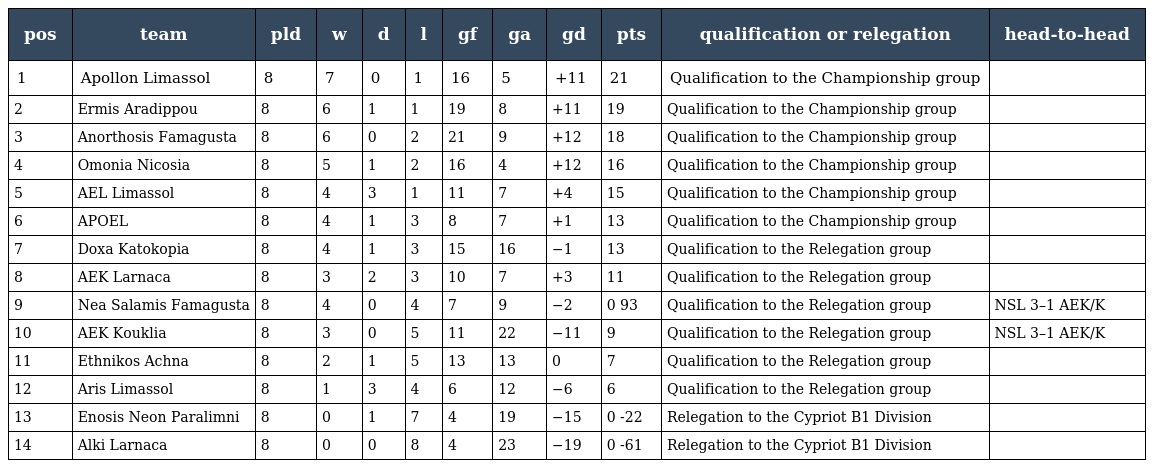
| pos | team | pld | w | d | l | gf | ga | gd | pts | qualification or relegation | head-to-head |
 | --- | --- | --- | --- | --- | --- | --- | --- | --- | --- | --- | --- |
 | 1 | Apollon Limassol | 8 | 7 | 0 | 1 | 16 | 5 | +11 | 21 | Qualification to the Championship group |  |
 | 2 | Ermis Aradippou | 8 | 6 | 1 | 1 | 19 | 8 | +11 | 19 | Qualification to the Championship group |  |
 | 3 | Anorthosis Famagusta | 8 | 6 | 0 | 2 | 21 | 9 | +12 | 18 | Qualification to the Championship group |  |
 | 4 | Omonia Nicosia | 8 | 5 | 1 | 2 | 16 | 4 | +12 | 16 | Qualification to the Championship group |  |
 | 5 | AEL Limassol | 8 | 4 | 3 | 1 | 11 | 7 | +4 | 15 | Qualification to the Championship group |  |
 | 6 | APOEL | 8 | 4 | 1 | 3 | 8 | 7 | +1 | 13 | Qualification to the Championship group |  |
 | 7 | Doxa Katokopia | 8 | 4 | 1 | 3 | 15 | 16 | −1 | 13 | Qualification to the Relegation group |  |
 | 8 | AEK Larnaca | 8 | 3 | 2 | 3 | 10 | 7 | +3 | 11 | Qualification to the Relegation group |  |
 | 9 | Nea Salamis Famagusta | 8 | 4 | 0 | 4 | 7 | 9 | −2 | 0 93 | Qualification to the Relegation group | NSL 3–1 AEK/K |
 | 10 | AEK Kouklia | 8 | 3 | 0 | 5 | 11 | 22 | −11 | 9 | Qualification to the Relegation group | NSL 3–1 AEK/K |
 | 11 | Ethnikos Achna | 8 | 2 | 1 | 5 | 13 | 13 | 0 | 7 | Qualification to the Relegation group |  |
 | 12 | Aris Limassol | 8 | 1 | 3 | 4 | 6 | 12 | −6 | 6 | Qualification to the Relegation group |  |
 | 13 | Enosis Neon Paralimni | 8 | 0 | 1 | 7 | 4 | 19 | −15 | 0 -22 | Relegation to the Cypriot B1 Division |  |
 | 14 | Alki Larnaca | 8 | 0 | 0 | 8 | 4 | 23 | −19 | 0 -61 | Relegation to the Cypriot B1 Division |  |